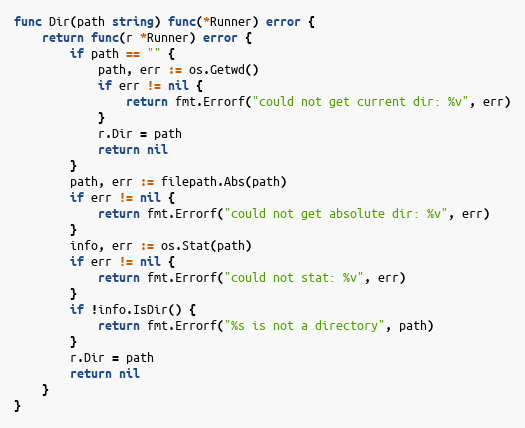
Language: Go
func Dir(path string) func(*Runner) error {
	return func(r *Runner) error {
		if path == "" {
			path, err := os.Getwd()
			if err != nil {
				return fmt.Errorf("could not get current dir: %v", err)
			}
			r.Dir = path
			return nil
		}
		path, err := filepath.Abs(path)
		if err != nil {
			return fmt.Errorf("could not get absolute dir: %v", err)
		}
		info, err := os.Stat(path)
		if err != nil {
			return fmt.Errorf("could not stat: %v", err)
		}
		if !info.IsDir() {
			return fmt.Errorf("%s is not a directory", path)
		}
		r.Dir = path
		return nil
	}
}